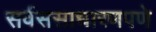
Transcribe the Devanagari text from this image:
सर्वससाधारणपणे